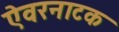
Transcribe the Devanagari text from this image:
ऐवरनाटक